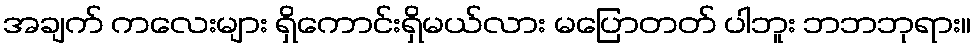
အချက် ကလေးများ ရှိကောင်းရှိမယ်လား မပြောတတ် ပါဘူး ဘဘဘုရား။